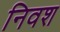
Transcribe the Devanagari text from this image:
निवश